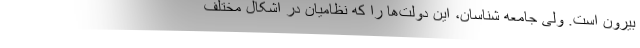
بیرون است. ولی جامعه شناسان، این دولت‌ها را که نظامیان در اشکال مختلف